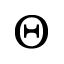
\Theta